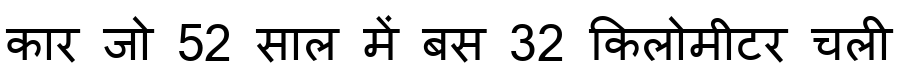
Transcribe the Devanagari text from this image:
कार जो 52 साल में बस 32 किलोमीटर चली